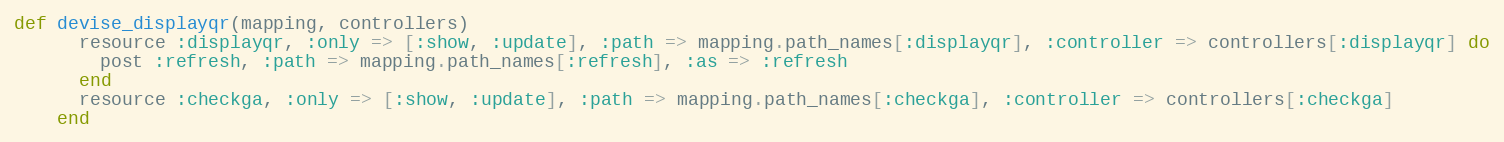
Language: Ruby
def devise_displayqr(mapping, controllers)
      resource :displayqr, :only => [:show, :update], :path => mapping.path_names[:displayqr], :controller => controllers[:displayqr] do
      	post :refresh, :path => mapping.path_names[:refresh], :as => :refresh
      end
      resource :checkga, :only => [:show, :update], :path => mapping.path_names[:checkga], :controller => controllers[:checkga]
    end